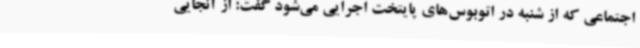
اجتماعی که از شنبه در اتوبوس‌های پایتخت اجرایی می‌شود گفت: از آنجایی